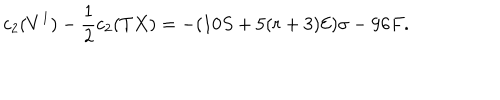
c _ { 2 } ( V ^ { 1 } ) - \frac { 1 } { 2 } c _ { 2 } ( T X ) = - ( 1 0 S + 5 ( r + 3 ) { \cal { E } } ) \sigma - 9 6 F .